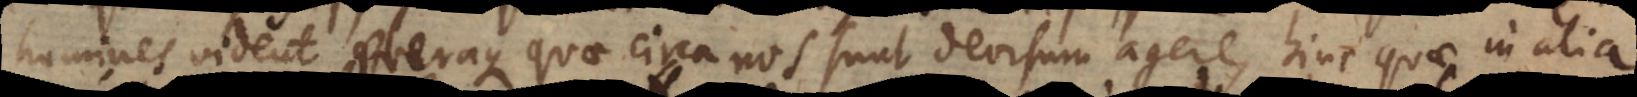
homines vident pleraque quae circa nos sunt deorsum agere, hinc quae in alia